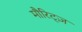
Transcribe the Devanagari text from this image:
मौरिट्ज़